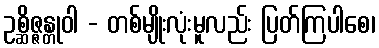
ဥစ္ဆိဇ္ဇန္တုဝါ - တစ်မျိုးလုံးမူလည်း ပြတ်ကြပါစေ၊